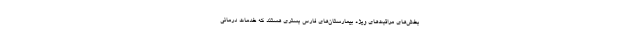
بخش‌های مراقبت‌های ویژه بیمارستان‌های فارس بستری هستند که خدمات درمانی